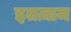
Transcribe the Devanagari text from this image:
इतज़ाम